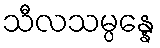
သီလသမ္ပန္နေ